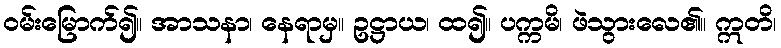
ဝမ်းမြောက်၍။ အာသနာ၊ နေရာမှ။ ဥဋ္ဌာယ၊ ထ၍။ ပက္ကမိ၊ ဖဲသွားလေ၏။ ဣတိ၊